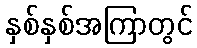
နှစ်နှစ်အကြာတွင်